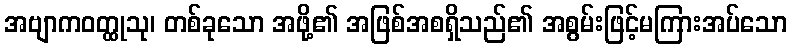
အဗျာကဝတ္ထုသု၊ တစ်ခုသော အဖို့၏ အဖြစ်အစရှိသည်၏ အစွမ်းဖြင့်မကြားအပ်သော